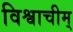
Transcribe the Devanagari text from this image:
विश्वाचीम्